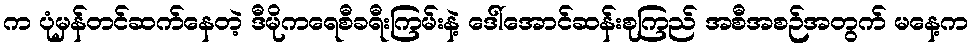
က ပုံမှန်တင်ဆက်နေတဲ့ ဒီမိုကရေစီခရီးကြမ်းနဲ့ ဒေါ်အောင်ဆန်းစုကြည် အစီအစဉ်အတွက် မနေ့က